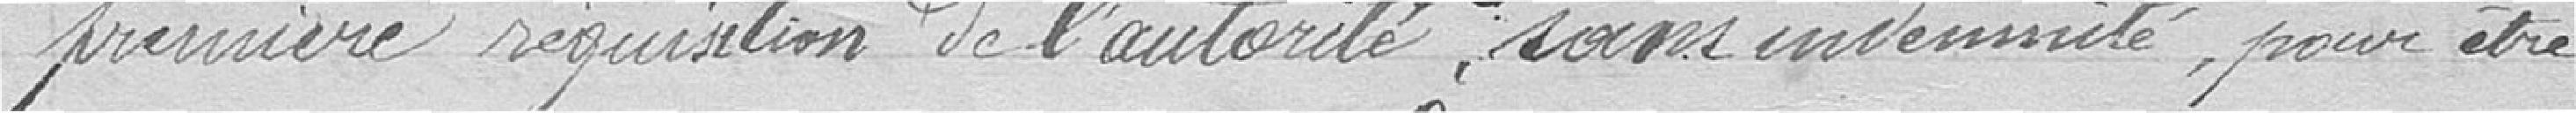
première réquisition de l'autorité, sans indemnité, pour être